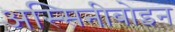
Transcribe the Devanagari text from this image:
अस्सिनीबोइन